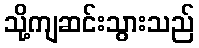
သို့ကျဆင်းသွားသည်